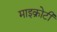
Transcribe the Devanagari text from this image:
माइक्रोटी